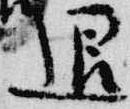
退